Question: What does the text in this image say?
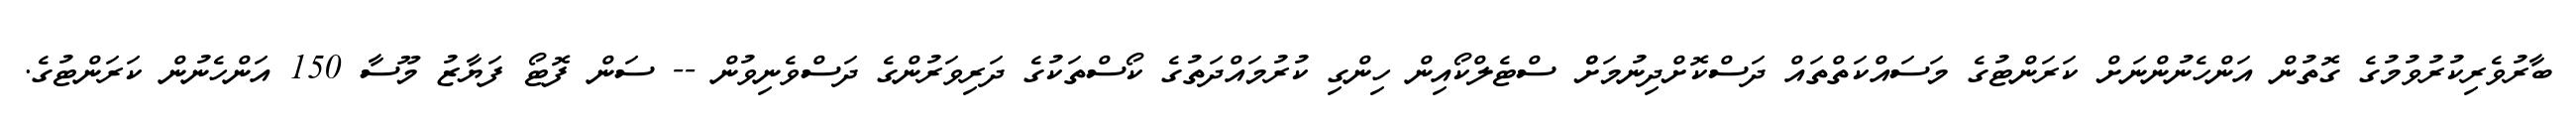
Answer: ބާރުވެރިކުރުވުމުގެ ގޮތުން އަންހެނުންނަށް ކަރަންޓުގެ މަސައްކަތްތައް ދަސްކޮށްދިނުމަށްް ސްޓެލްކޯއިން ހިންގި ކުރުމައްދަތުގެ ކޯސްތަކުގެ ދަރިވަރުންގެ ދަސްވެނިވުން -- ސަން ފޮޓޯ ފަޔާޒު މޫސާ 150 އަންހެނުން ކަރަންޓުގެ.